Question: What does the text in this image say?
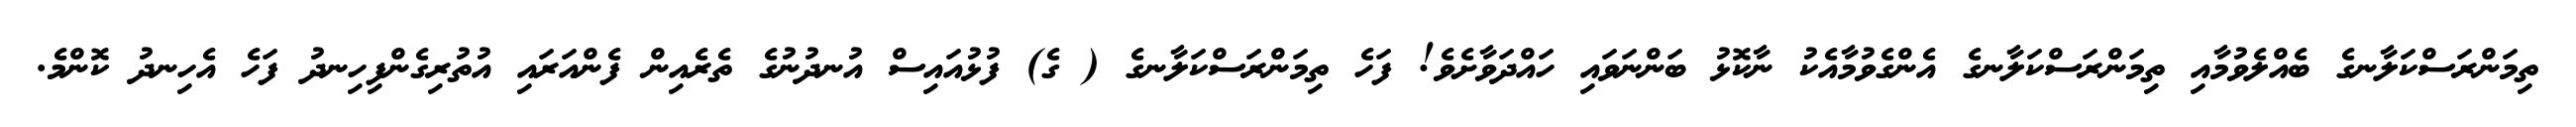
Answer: ތިމަންރަސްކަލާނގެ ބެއްލެވުމާއި ތިމަންރަސްކަލާނގެ އެންގެވުމާއެކު ނާކޮޅު ބަންނަވައި ހައްދަވާށެވެ! ފަހެ ތިމަންރަސްކަލާނގެ ( ގެ) ފުޅުއައިސް އުނދުނުގެ ތެރެއިން ފެންއަރައި އުތުރިގެންފިހިނދު ފަހެ އެހިނދު ކޮންމެ.